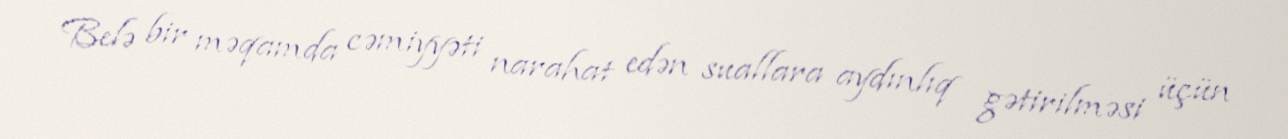
Belə bir məqamda cəmiyyəti narahat edən suallara aydınlıq gətirilməsi üçün